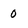
Character: 0